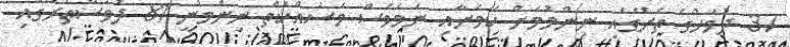
37 ދުވަހުގެ ތެރޭގައި ނިންމުމަށް ކަމަށާއި ނަމަވެސް މަސައްކަތް ނިންމުނީ 81 ދުވަސްތެރޭގައި